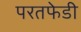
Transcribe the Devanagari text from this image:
परतफेडी